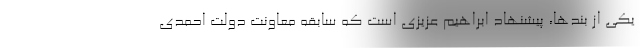
يكى از بندها، پيشنهاد ابراهيم عزيزى است كه سابقه معاونت دولت احمدى